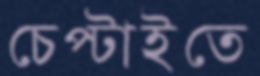
চেপ্‌টাইতে